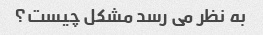
به نظر می رسد مشکل چیست؟